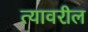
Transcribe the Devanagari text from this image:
त्‍यावरील